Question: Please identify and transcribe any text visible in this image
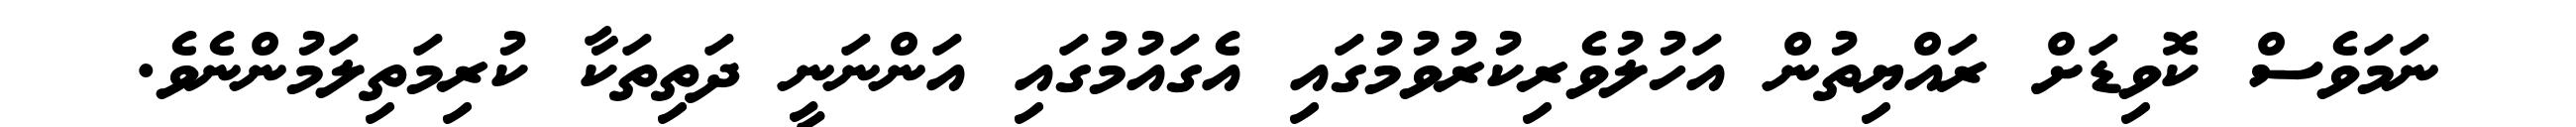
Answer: ނަމަވެސް ކޮވިޑަށް ރައްޔިތުން އަހުލުވެރިކުރުވުމުގައި އެގައުމުގައި އަންނަނީ ދަތިތަކާ ކުރިމަތިލަމުންނެވެ.